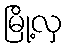
မြို့လှ